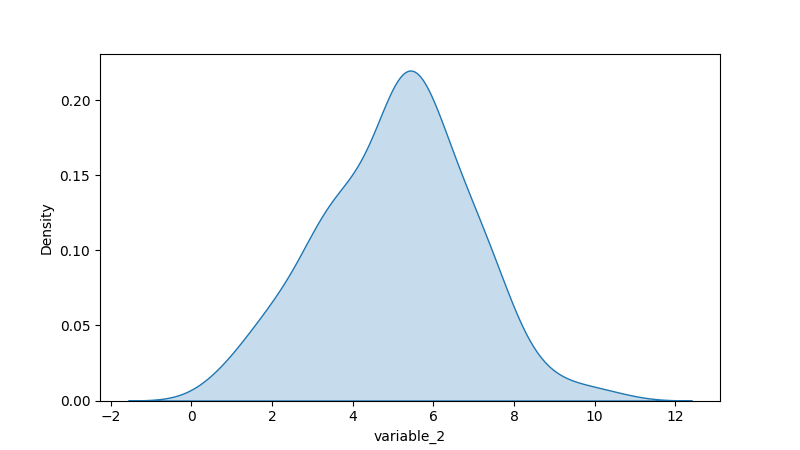
python, seaborn, kdeplot, hue='None', fill=True, bw_adjust=1.0